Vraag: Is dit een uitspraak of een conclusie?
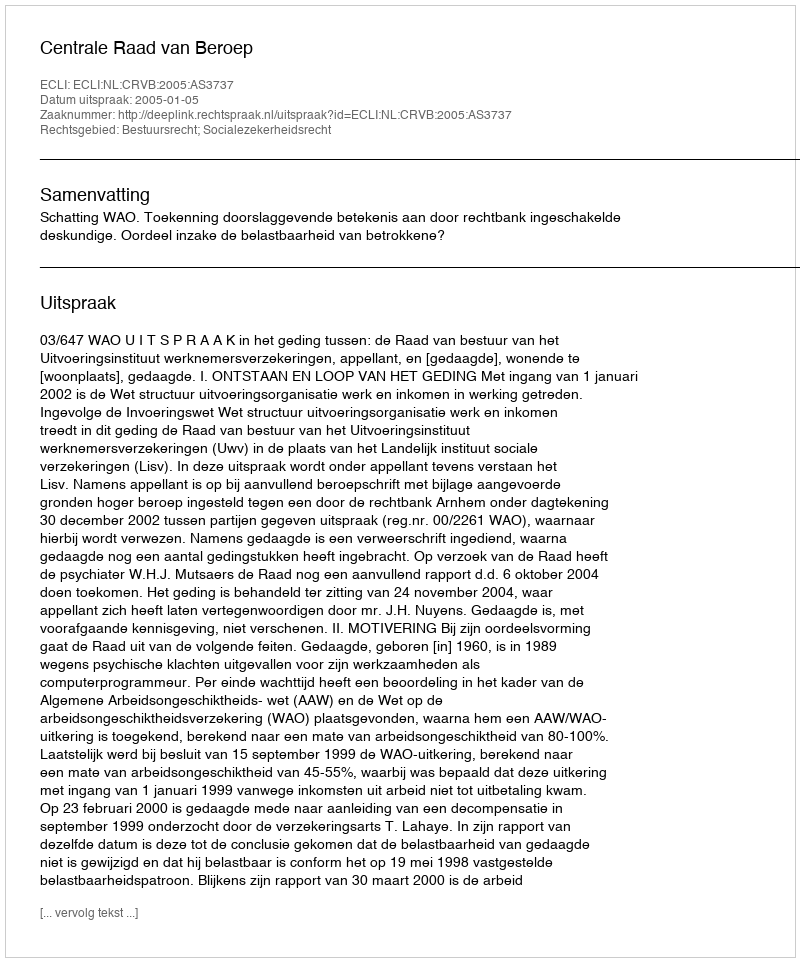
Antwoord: Uitspraak